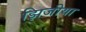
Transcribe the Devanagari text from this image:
झिजीया